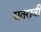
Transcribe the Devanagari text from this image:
सतरावी